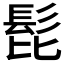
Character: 𩬈